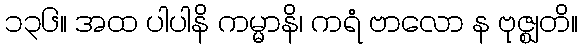
၁၃၆။ အထ ပါပါနိ ကမ္မာနိ၊ ကရံ ဗာလော န ဗုဇ္ဈတိ။